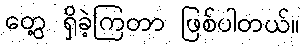
တွေ့ ရှိခဲ့ကြတာ ဖြစ်ပါတယ်။